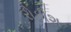
રોકીશ